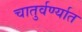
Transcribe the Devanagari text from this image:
चातुर्वर्ण्यात